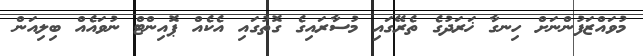
މުވައްޒަފުންނަށް ހިނގާ ޚަރަދުގެ ތެރޭގައި މުސާރައިގެ ގޮތުގައި އެކެއް ޕޮއިންޓް ނުވައެއް ބިލިއަން